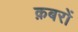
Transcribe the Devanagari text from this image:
क़बरों